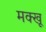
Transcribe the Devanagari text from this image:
मक्खू